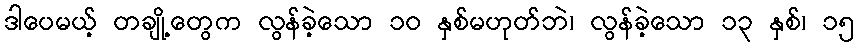
ဒါပေမယ့် တချို့တွေက လွန်ခဲ့သော ၁၀ နှစ်မဟုတ်ဘဲ၊ လွန်ခဲ့သော ၁၃ နှစ်၊ ၁၅